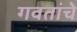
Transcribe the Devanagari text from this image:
गवतांचे